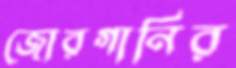
জোরগানির